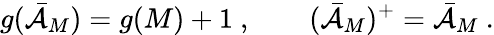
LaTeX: g(\bar{\cal{A}}_{M})=g(M)+1\ ,\qquad(\bar{\cal{A}}_{M})^{+}=\bar{\cal{A}}_{M}\ .